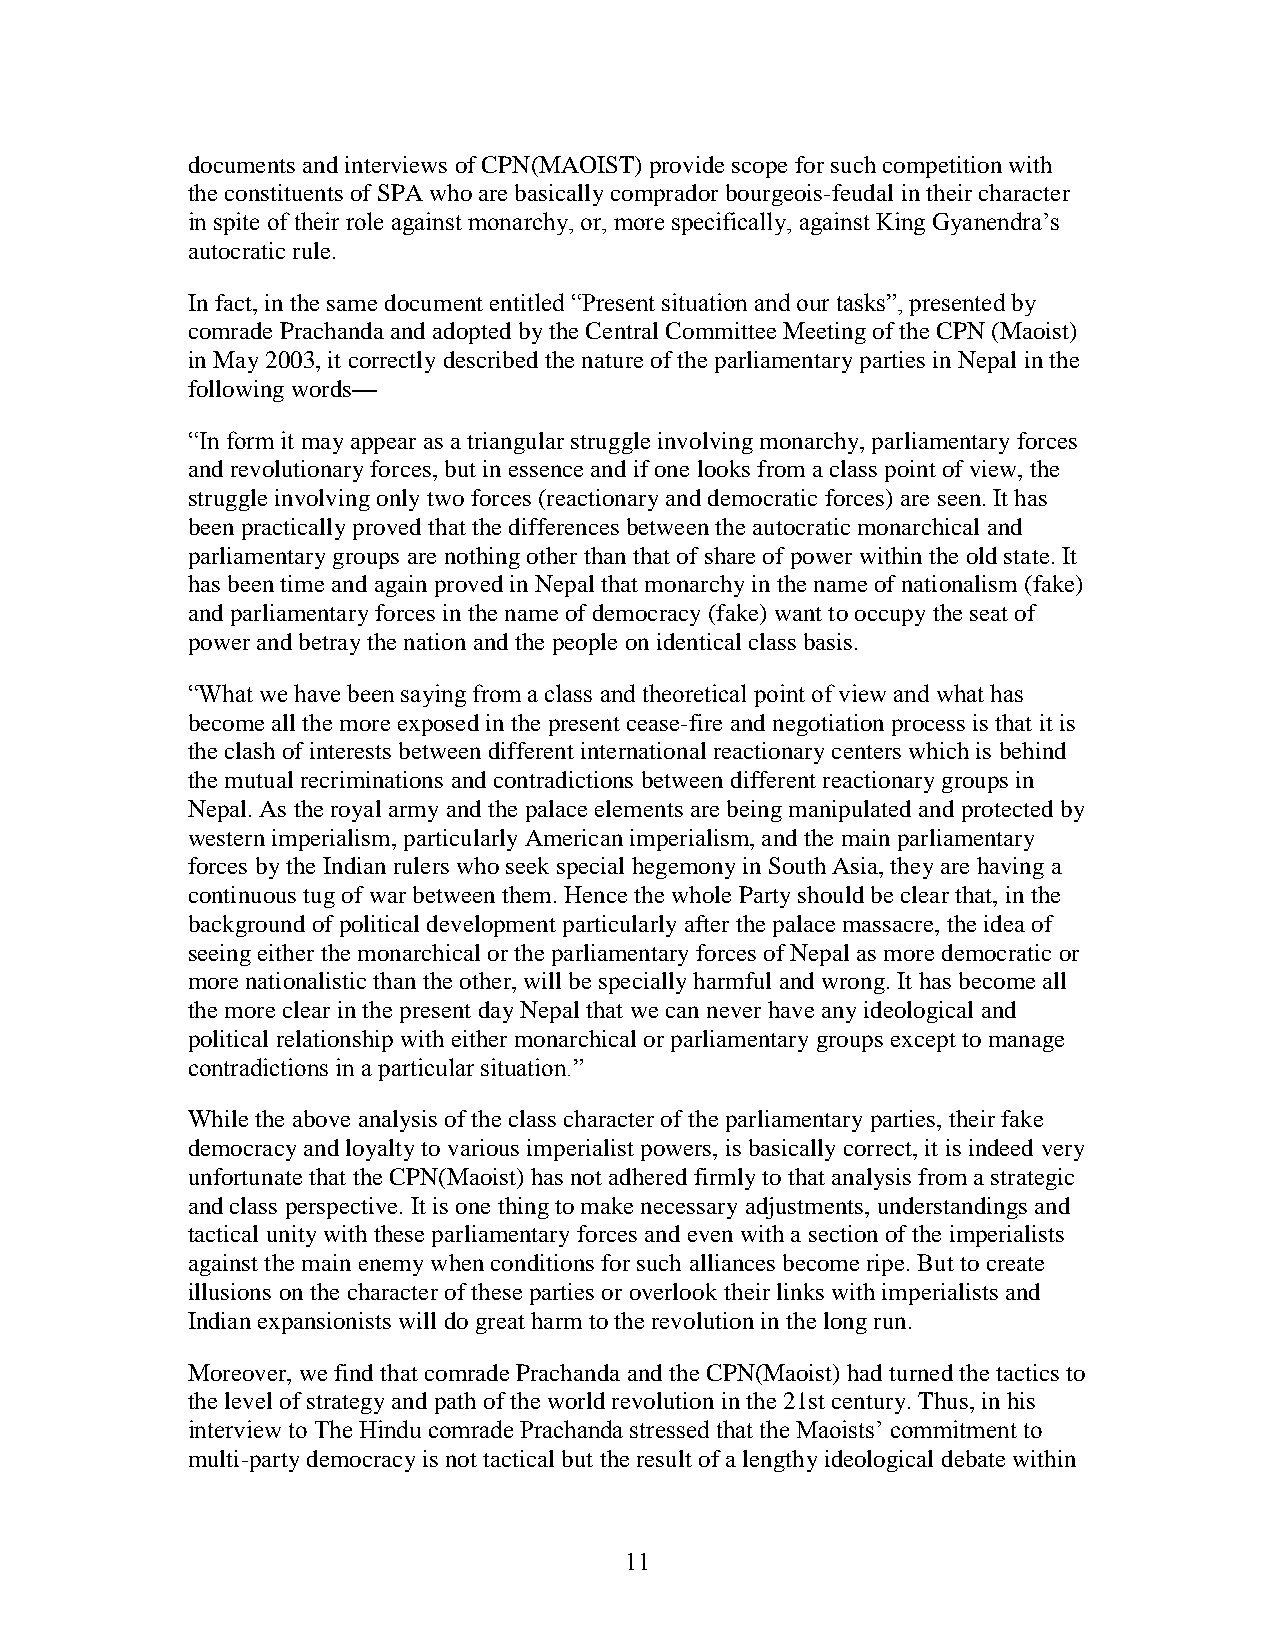
documents and interviews of CPN(MAOIST) provide scope for such competition with
 the constituents of SPA who are basically comprador bourgeois-feudal in their character
 in spite of their role against monarchy, or, more specifically, against King Gyanendra‘s
 autocratic rule.
 In fact, in the same document entitled ―Present situation and our tasks‖, presented by
 comrade Prachanda and adopted by the Central Committee Meeting of the CPN (Maoist)
 in May 2003, it correctly described the nature of the parliamentary parties in Nepal in the
 following words—
 ―In form it may appear as a triangular struggle involving monarchy, parliamentary forces
 and revolutionary forces, but in essence and if one looks from a class point of view, the
 struggle involving only two forces (reactionary and democratic forces) are seen. It has
 been practically proved that the differences between the autocratic monarchical and
 parliamentary groups are nothing other than that of share of power within the old state. It
 has been time and again proved in Nepal that monarchy in the name of nationalism (fake)
 and parliamentary forces in the name of democracy (fake) want to occupy the seat of
 power and betray the nation and the people on identical class basis.
 ―What we have been saying from a class and theoretical point of view and what has
 become all the more exposed in the present cease-fire and negotiation process is that it is
 the clash of interests between different international reactionary centers which is behind
 the mutual recriminations and contradictions between different reactionary groups in
 Nepal. As the royal army and the palace elements are being manipulated and protected by
 western imperialism, particularly American imperialism, and the main parliamentary
 forces by the Indian rulers who seek special hegemony in South Asia, they are having a
 continuous tug of war between them. Hence the whole Party should be clear that, in the
 background of political development particularly after the palace massacre, the idea of
 seeing either the monarchical or the parliamentary forces of Nepal as more democratic or
 more nationalistic than the other, will be specially harmful and wrong. It has become all
 the more clear in the present day Nepal that we can never have any ideological and
 political relationship with either monarchical or parliamentary groups except to manage
 contradictions in a particular situation.‖
 While the above analysis of the class character of the parliamentary parties, their fake
 democracy and loyalty to various imperialist powers, is basically correct, it is indeed very
 unfortunate that the CPN(Maoist) has not adhered firmly to that analysis from a strategic
 and class perspective. It is one thing to make necessary adjustments, understandings and
 tactical unity with these parliamentary forces and even with a section of the imperialists
 against the main enemy when conditions for such alliances become ripe. But to create
 illusions on the character of these parties or overlook their links with imperialists and
 Indian expansionists will do great harm to the revolution in the long run.
 Moreover, we find that comrade Prachanda and the CPN(Maoist) had turned the tactics to
 the level of strategy and path of the world revolution in the 21st century. Thus, in his
 interview to The Hindu comrade Prachanda stressed that the Maoists‘ commitment to
 multi-party democracy is not tactical but the result of a lengthy ideological debate within
 11